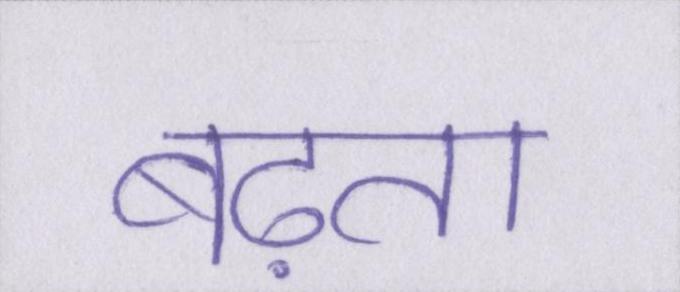
बढ़ता